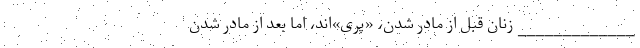
_____________ زنان قبل از مادر شدن، «پری»اند، اما بعد از مادر شدن